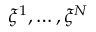
\xi ^ { 1 } , \dots , \xi ^ { N }